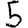
Digit: 5